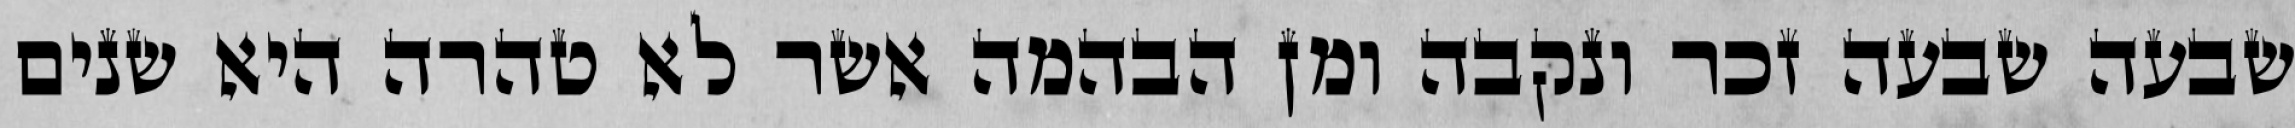
שבעה שבעה זכר ונקבה ומן הבהמה אשר לא טהרה היא שנים